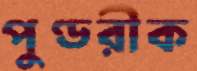
পুণ্ডরীক